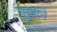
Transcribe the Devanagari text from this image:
सुडाने